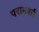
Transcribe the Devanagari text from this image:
परामर्शा